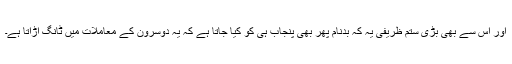
اور اس سے بھی بڑی ستم ظریفی یہ کہ بدنام پھر بھی پنجاب ہی کو کیا جاتا ہے کہ یہ دوسرون کے معاملات میں ٹانگ اڑاتا ہے۔